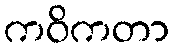
ကဝိကတာ